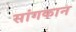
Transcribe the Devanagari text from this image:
सांगकान